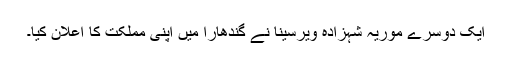
ایک دوسرے موریہ شہزادہ ویرسینا نے گندھارا میں اپنی مملکت کا اعلان کیا۔